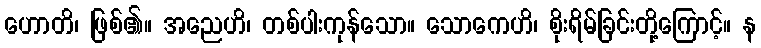
ဟောတိ၊ ဖြစ်၏။ အညေဟိ၊ တစ်ပါးကုန်သော။ သောကေဟိ၊ စိုးရိမ်ခြင်းတို့ကြောင့်။ န